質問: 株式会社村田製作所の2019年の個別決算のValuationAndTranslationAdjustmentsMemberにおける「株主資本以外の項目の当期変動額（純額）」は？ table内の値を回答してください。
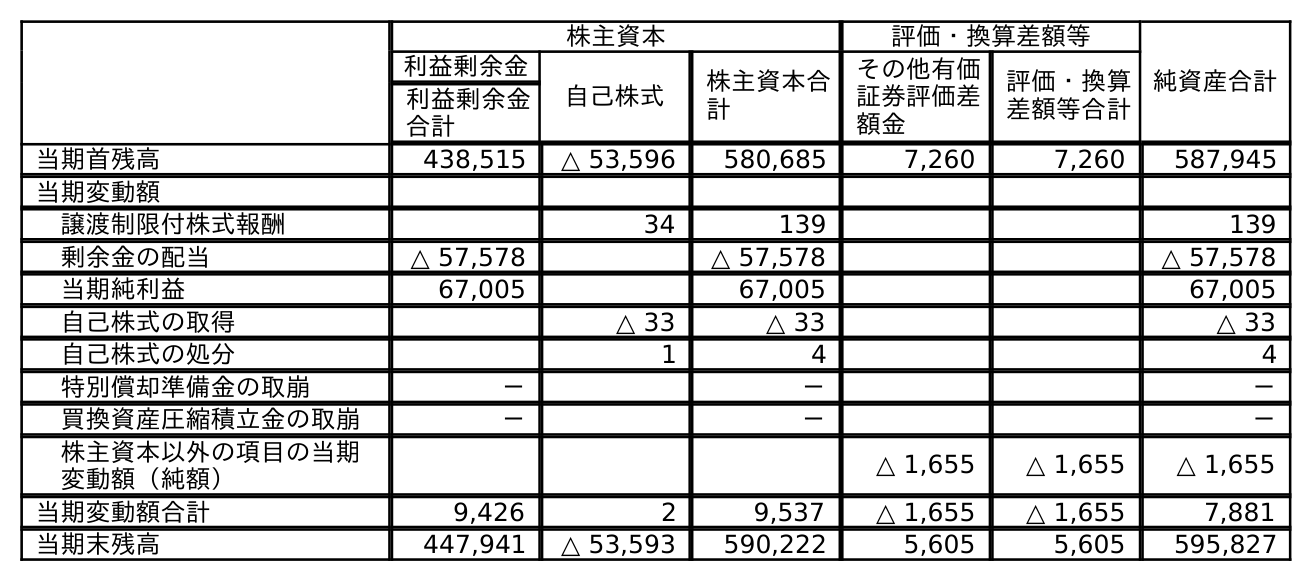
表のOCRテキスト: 株主資本 評価・換算差額等 純資産合計 利益剰余金 自己株式 株主資本合 計 その他有価 証券評価差 額金 評価・換算 差額等合計 利益剰余金 合計 当期首残高 438,515 △ 53,596 580,685 7,260 7,260 587,945 当期変動額 譲渡制限付株式報酬 34 139 139 剰余金の配当 △ 57,578 △ 57,578 △ 57,578 当期純利益 67,005 67,005 67,005 自己株式の取得 △ 33 △ 33 △ 33 自己株式の処分 1 4 4 特別償却準備金の取崩 － － － 買換資産圧縮積立金の取崩 － － － 株主資本以外の項目の当期 変動額（純額） △ 1,655 △ 1,655 △ 1,655 当期変動額合計 9,426 2 9,537 △ 1,655 △ 1,655 7,881 当期末残高 447,941 △ 53,593 590,222 5,605 5,605 595,827
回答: △1,655